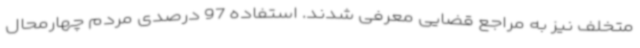
متخلف نیز به مراجع قضایی معرفی شدند. استفاده 97 درصدی مردم چهارمحال